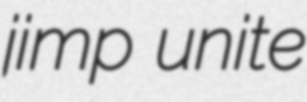
jimp unite